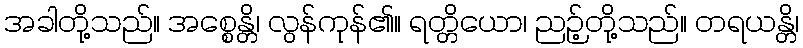
အခါတို့သည်။ အစ္စေန္တိ၊ လွန်ကုန်၏။ ရတ္တိယော၊ ညဉ့်တို့သည်။ တရယန္တိ၊